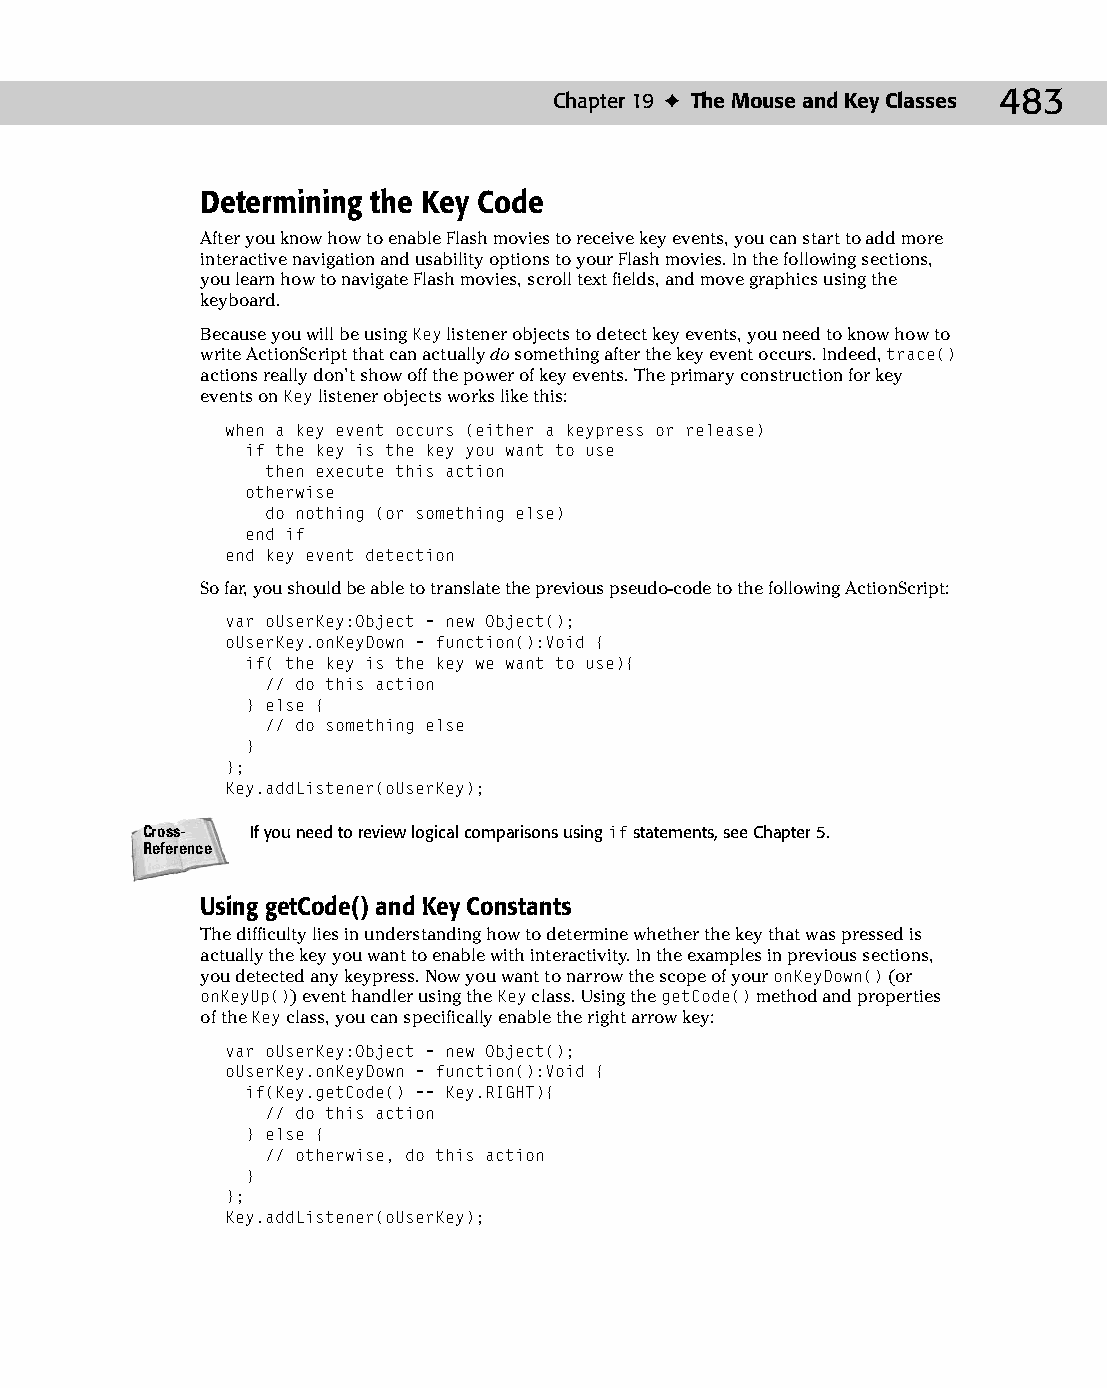
25 543547 ch19.qxd 3/24/04 4:10 PM Page 483
 Chapter 19 ✦ The Mouse and Key Classes 483
 Determining the Key Code
 After you know how to enable Flash movies to receive key events, you can start to add more
 interactive navigation and usability options to your Flash movies. In the following sections,
 you learn how to navigate Flash movies, scroll text fields, and move graphics using the
 keyboard.
 Because you will be using Key listener objects to detect key events, you need to know how to
 write ActionScript that can actually do something after the key event occurs. Indeed, trace()
 actions really don’t show off the power of key events. The primary construction for key
 events on Key listener objects works like this:
 when a key event occurs (either a keypress or release)
 if the key is the key you want to use
 then execute this action
 otherwise
 do nothing (or something else)
 end if
 end key event detection
 So far, you should be able to translate the previous pseudo-code to the following ActionScript:
 var oUserKey:Object = new Object();
 oUserKey.onKeyDown = function():Void {
 if( the key is the key we want to use){
 // do this action
 } else {
 // do something else
 }
 };
 Key.addListener(oUserKey);
 Cross-  If you need to review logical comparisons using if statements, see Chapter 5.
 Reference
 Using getCode( ) and Key Constants
 The difficulty lies in understanding how to determine whether the key that was pressed is
 actually the key you want to enable with interactivity. In the examples in previous sections,
 you detected any keypress. Now you want to narrow the scope of your onKeyDown() (or
 onKeyUp()) event handler using the Key class. Using the getCode() method and properties
 of the Key class, you can specifically enable the right arrow key:
 var oUserKey:Object = new Object();
 oUserKey.onKeyDown = function():Void {
 if(Key.getCode() == Key.RIGHT){
 // do this action
 } else {
 // otherwise, do this action
 }
 };
 Key.addListener(oUserKey);